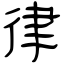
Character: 律